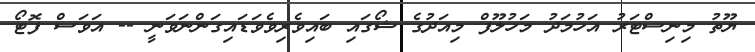
ޔޫތު މިނިސްޓަރު އަހުމަދު މަހުލޫފް މިއަދުގެ ޝޯގައި ބައިވެރިވެވަޑައިގަންނަވަނީ -- އަވަސް ފޮޓޯ